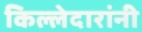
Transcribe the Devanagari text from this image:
किल्लेदारांनी